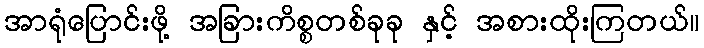
အာရုံပြောင်းဖို့ အခြားကိစ္စတစ်ခုခု နှင့် အစားထိုးကြတယ်။